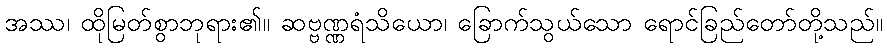
အဿ၊ ထိုမြတ်စွာဘုရား၏။ ဆဗ္ဗဏ္ဏရံသိယော၊ ခြောက်သွယ်သော ရောင်ခြည်တော်တို့သည်။